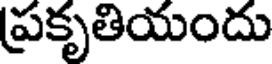
ప్రకృతియందు